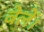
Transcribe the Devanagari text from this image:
बेलें।